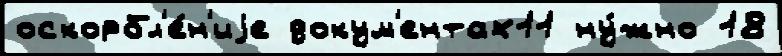
оскорбл'е́н'иjе докум'ентах11 ну́жно 18